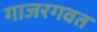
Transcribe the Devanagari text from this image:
गाजरगवत